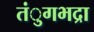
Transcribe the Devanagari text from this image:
तंुगभद्रा